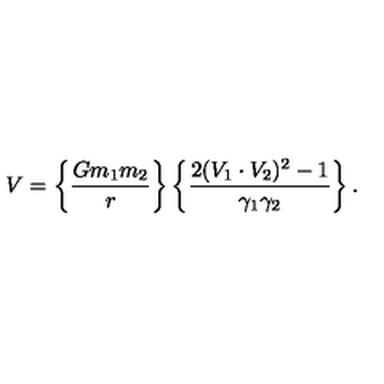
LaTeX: V = \left\{ { \frac { G m _ { 1 } m _ { 2 } } { r } } \right\} \left\{ { \frac { 2 ( V _ { 1 } \cdot V _ { 2 } ) ^ { 2 } - 1 } { \gamma _ { 1 } \gamma _ { 2 } } } \right\} .